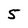
Character: 5